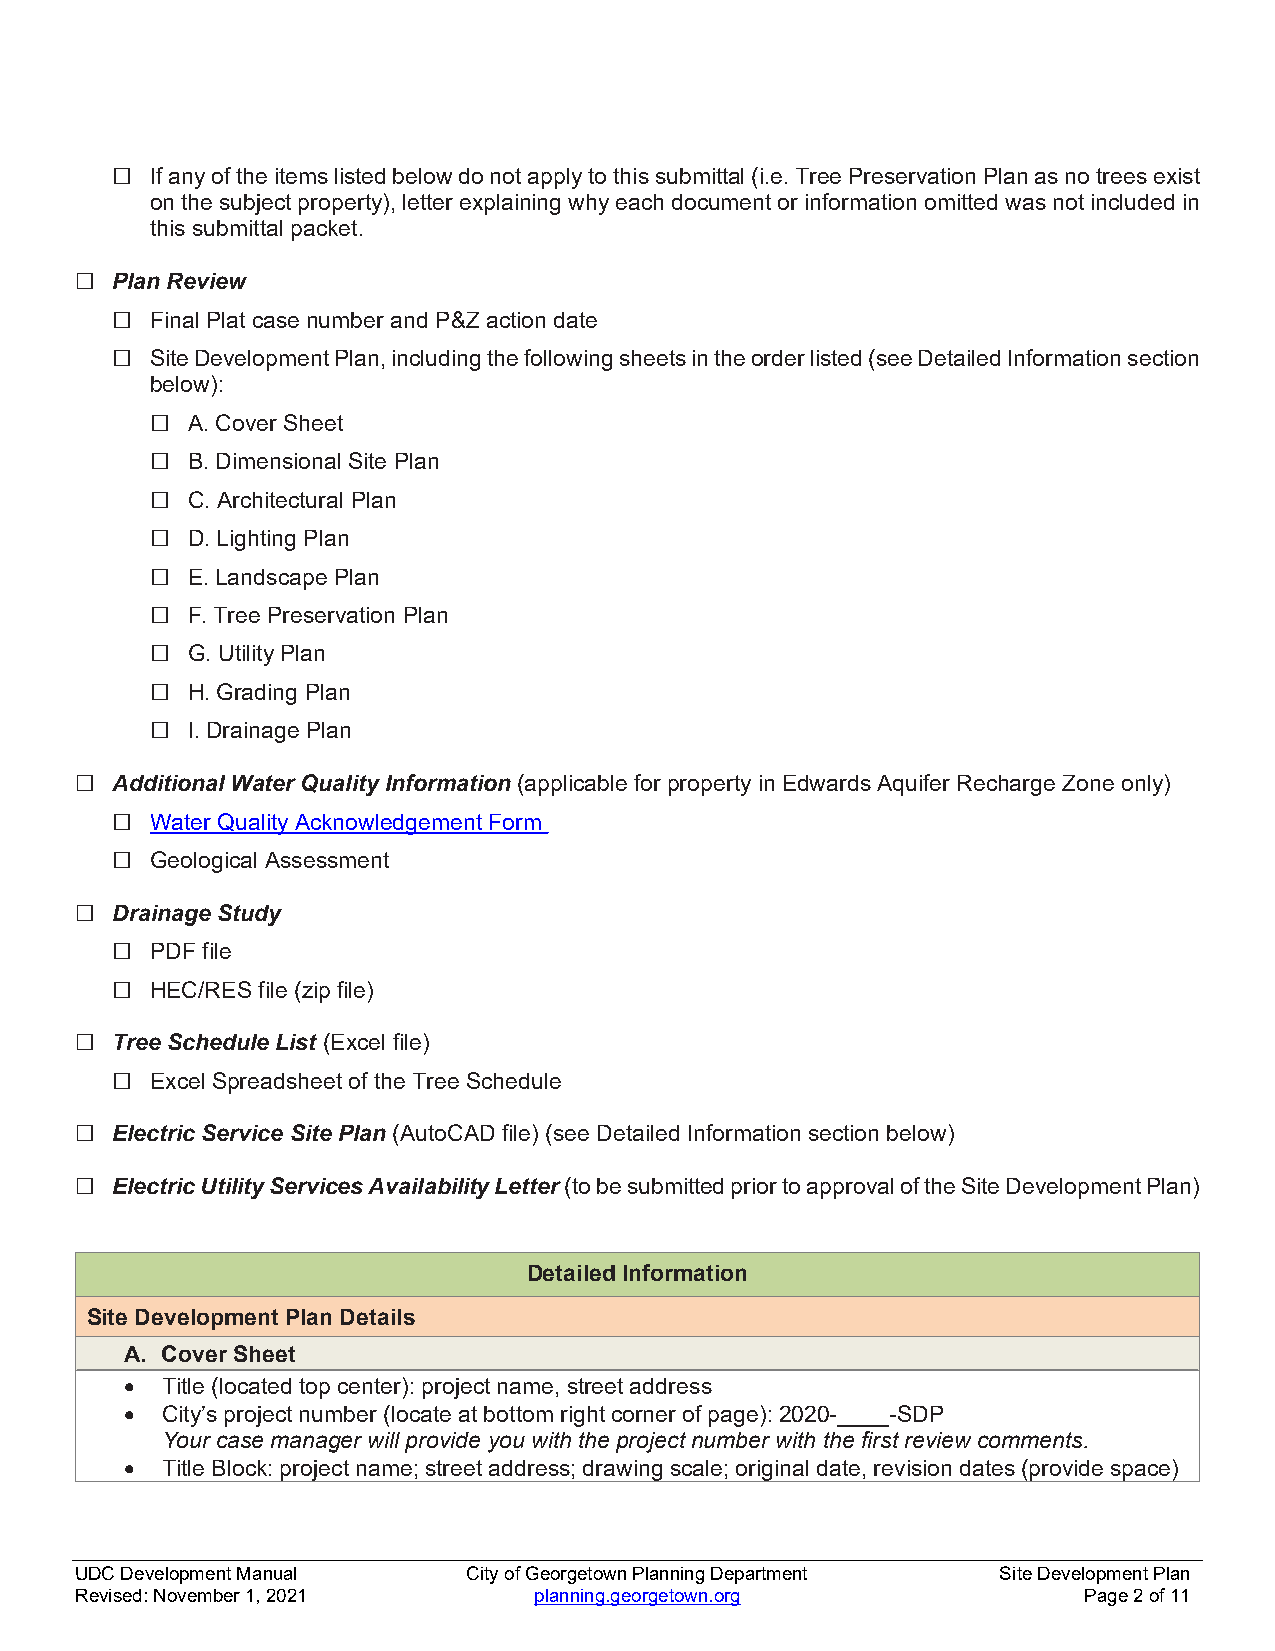
□  If any of the items listed below do not apply to this submittal (i.e. Tree Preservation Plan as no trees exist
 on the subject property), letter explaining why each document or information omitted was not included in
 this submittal packet.
 ☐ Plan Review
 □  Final Plat case number and P&Z action date
 □  Site Development Plan, including the following sheets in the order listed (see Detailed Information section
 below):
 □ A. Cover Sheet
 □ B. Dimensional Site Plan
 □ C. Architectural Plan
 □ D. Lighting Plan
 □ E. Landscape Plan
 □ F. Tree Preservation Plan
 □ G. Utility Plan
 □ H. Grading Plan
 □ I. Drainage Plan
 ☐ Additional Water Quality Information (applicable for property in Edwards Aquifer Recharge Zone only)
 □  Water Quality Acknowledgement Form
 □  Geological Assessment
 ☐ Drainage Study
 □  PDF file
 □  HEC/RES file (zip file)
 ☐ Tree Schedule List (Excel file)
 □  Excel Spreadsheet of the Tree Schedule
 ☐ Electric Service Site Plan (AutoCAD file) (see Detailed Information section below)
 ☐ Electric Utility Services Availability Letter (to be submitted prior to approval of the Site Development Plan)
 Detailed Information
 Site Development Plan Details
 A. Cover Sheet
   Title (located top center): project name, street address
   City’s project number (locate at bottom right corner of page): 2020-____-SDP
 Your case manager will provide you with the project number with the first review comments.
   Title Block: project name; street address; drawing scale; original date, revision dates (provide space)
 UDC Development Manual    City of Georgetown Planning Department Site Development Plan
 Revised: November 1, 2021     planning.georgetown.org              Page 2 of 11